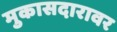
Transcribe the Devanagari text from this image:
मुकासदारावर